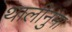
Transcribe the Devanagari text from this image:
थालीनुमा